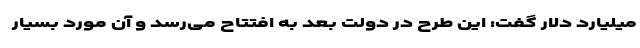
میلیارد دلار گفت: این طرح در دولت بعد به افتتاح می‌رسد و آن مورد بسیار